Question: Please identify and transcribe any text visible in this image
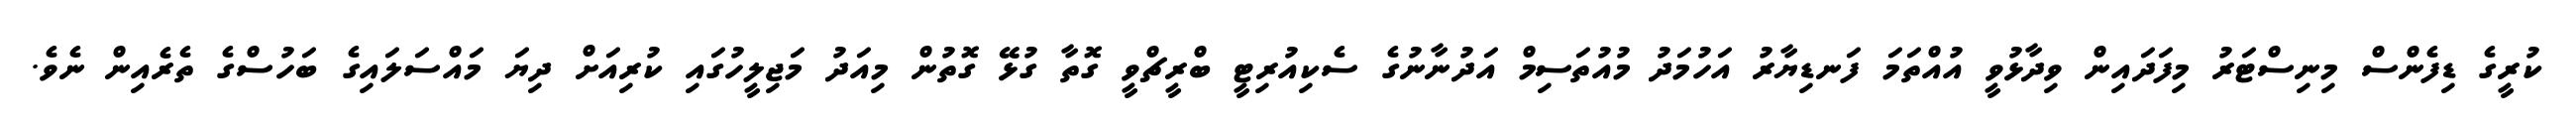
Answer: ކުރީގެ ޑިފެންސް މިނިސްޓަރު މިފަދައިން ވިދާޅުވީ އުއްތަމަ ފަނޑިޔާރު އަހުމަދު މުއުތަސިމް އަދުނާނުގެ ސެކިއުރިޓީ ބްރީޗްވީ ގޮތާ ގުޅޭ ގޮތުން މިއަދު މަޖިލީހުގައި ކުރިއަށް ދިޔަ މައްސަލައިގެ ބަހުސްގެ ތެރެއިން ނެވެ.